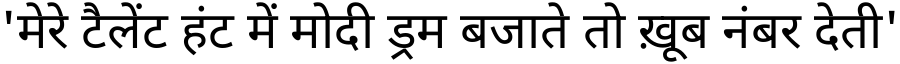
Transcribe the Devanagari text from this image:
'मेरे टैलेंट हंट में मोदी ड्रम बजाते तो ख़ूब नंबर देती'